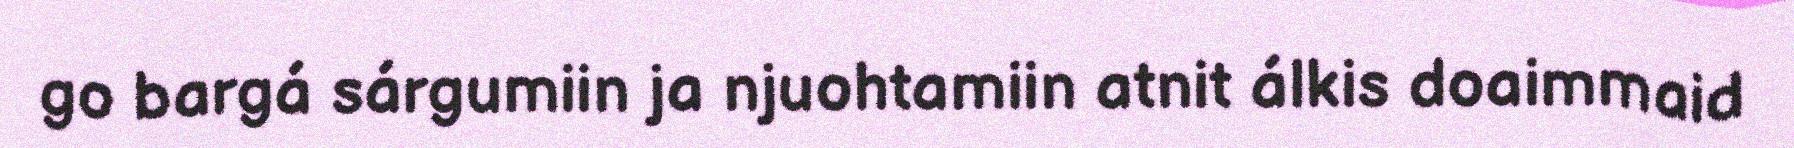
go bargá sárgumiin ja njuohtamiin atnit álkis doaimmaid